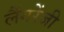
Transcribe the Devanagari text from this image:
लैंगरेंजी